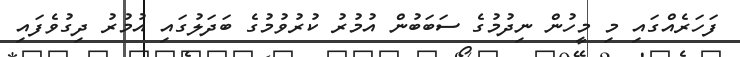
ފަހަރެއްގައި މި މީހުން ނިދުމުގެ ސަބަބުން އުމުރު ކުރުވުމުގެ ބަދަލުގައި އުމުރު ދިގުވެފައި